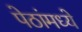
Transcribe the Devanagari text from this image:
पेठांमध्ये